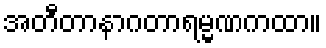
အတီတာနာဂတာရမ္မဏကထာ။